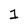
Character: 1